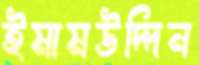
ইমামউদ্দিন